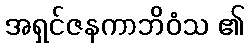
အရှင်ဇနကာဘိဝံသ ၏